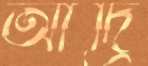
আদ্রি